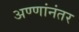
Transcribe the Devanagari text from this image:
अण्णांनंतर